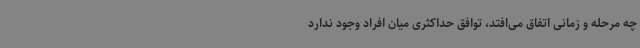
چه مرحله و زمانی اتفاق می‌افتد، توافق حداکثری میان افراد وجود ندارد